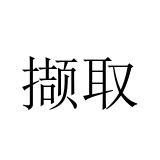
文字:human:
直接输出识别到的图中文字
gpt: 撷取